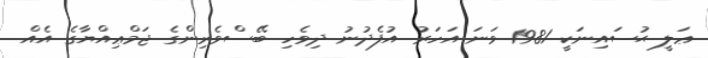
ޢަލީ ޙުސައިނަކީ 1981 ވަނަ އަހަރު އުފެދުނު ދިވެހި ބޭސްވެރިންގެ ޖަމްޢިއްޔާގެ އެއް